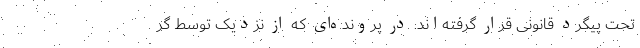
تحت پیگرد قانونی قرار گرفته‌اند. در پرونده‌ای که از نزدیک توسط گر